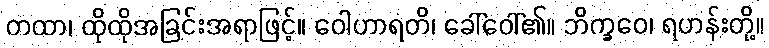
တထာ၊ ထိုထိုအခြင်းအရာဖြင့်။ ဝေါဟာရတိ၊ ခေါ်ဝေါ်၏။ ဘိက္ခဝေ၊ ရဟန်းတို့။